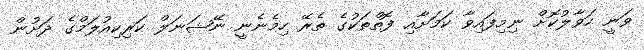
ވަނީ ހަވާލުކޮށް ނިމިފައިވާ ކަމަށާއި ފޮތްތަކުގެ ތެރޭ ހިމެނެނީ ނޭޝަނަލް ކަރިކިއުލަމްގެ ދަށުން